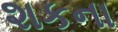
શકના